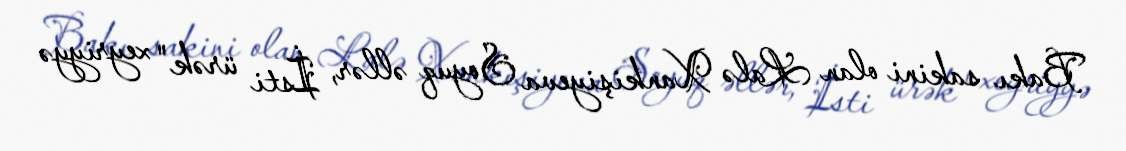
Bakı sakini olan Lalə Xankişiyeva Soyuq əllər, İsti ürək" xeyriyyə